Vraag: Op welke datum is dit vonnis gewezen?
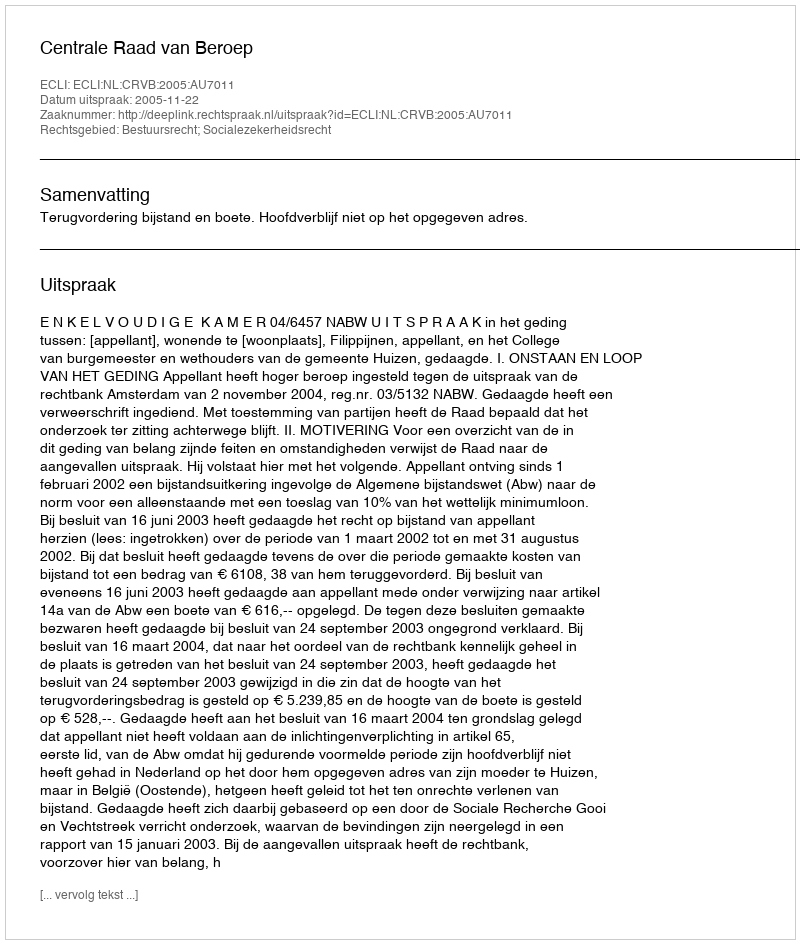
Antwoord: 2005-11-22